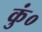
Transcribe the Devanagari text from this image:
कुं०